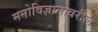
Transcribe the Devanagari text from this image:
मनोविज्ञानावरील